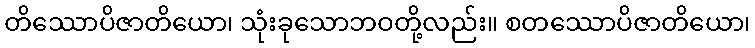
တိဿောပိဇာတိယော၊ သုံးခုသောဘဝတို့လည်း။ စတဿောပိဇာတိယော၊